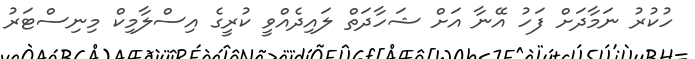
ހުކުރު ނަމާދަށް ފަހު އޭނާ އަށް ޝަހާދަތް ލައިދެއްވީ ކުރީގެ އިސްލާމިކް މިނިސްޓަރު